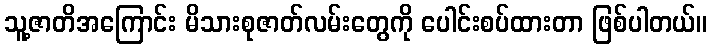
သူ့ဇာတိအကြောင်း မိသားစုဇာတ်လမ်းတွေကို ပေါင်းစပ်ထားတာ ဖြစ်ပါတယ်။